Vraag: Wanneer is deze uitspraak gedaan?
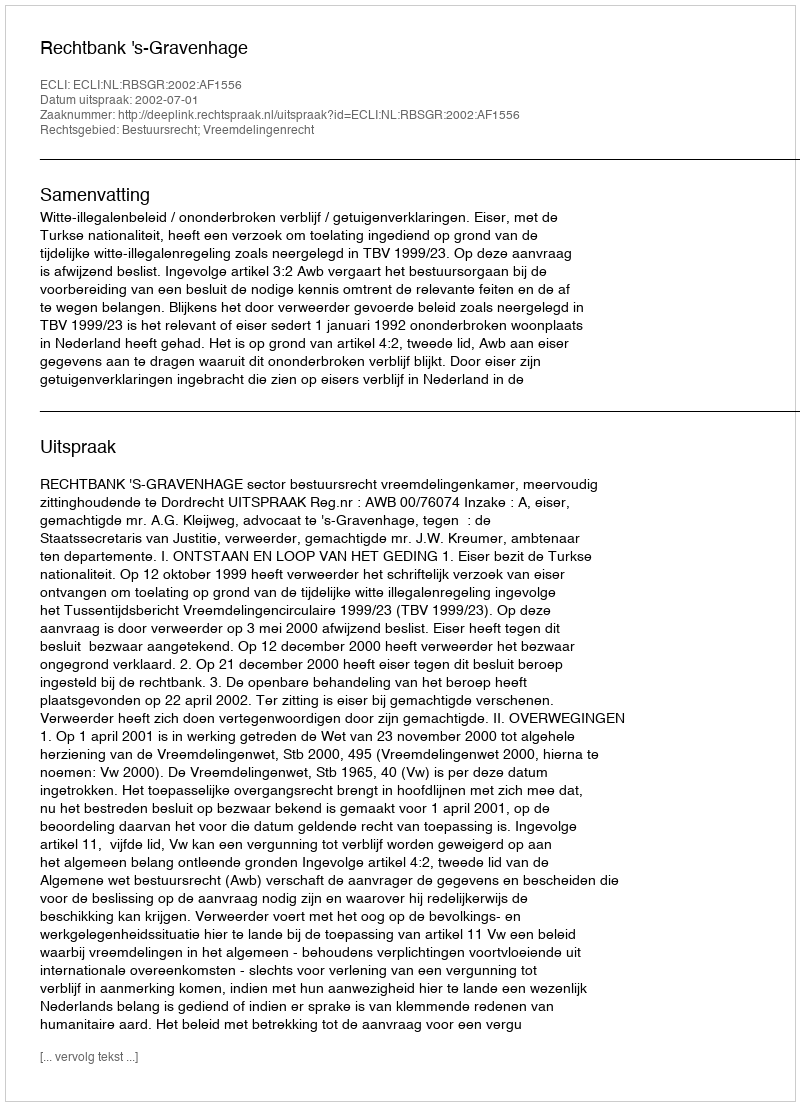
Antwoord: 2002-07-01